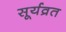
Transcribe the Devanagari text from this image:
सूर्यव्रत